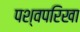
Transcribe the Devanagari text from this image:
पश्वपरिखा